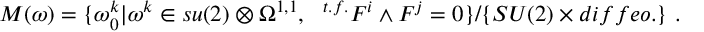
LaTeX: { \cal M } ( \omega ) = \{ \omega _ { 0 } ^ { k } \vert \omega ^ { k } \in s u ( 2 ) \otimes \Omega ^ { 1 , 1 } , ~ ~ { } ^ { t . f . } F ^ { i } \wedge F ^ { j } = 0 \} / \{ S U ( 2 ) \times d i f f e o . \} \ .